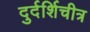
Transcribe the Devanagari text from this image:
दुर्दर्शिचीत्र